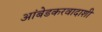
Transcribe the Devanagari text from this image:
आंबेडकरवादाशी